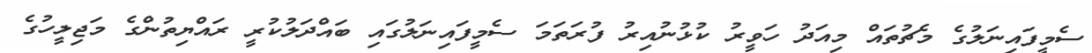
ސެމީފައިނަލުގެ މެޗުތައް މިއަދު ހަވީރު ކުޅުނުއިރު ފުރަތަމަ ސެމީފައިނަލުގައި ބައްދަލުކުރީ ރައްޔިތުންގެ މަޖިލީހުގެ